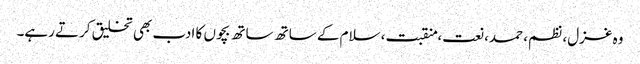
وہ غزل، نظم، حمد، نعت، منقبت، سلام کے ساتھ ساتھ بچوں کا ادب بھی تخلیق کرتے رہے۔